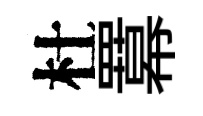
杜羃